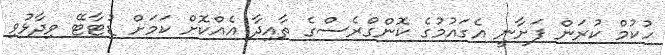
ހުކުމް ކުރަން ފަށާނީ އެގައުމުގެ ކޮންގްރެސްގެ ތާއިދާ އެއްކޮށް ކަމަށް ޑުޓާޓޭ ވިދާޅުވި